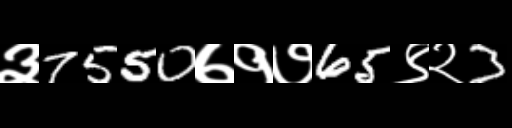
Text: ३7550७१७65९२3